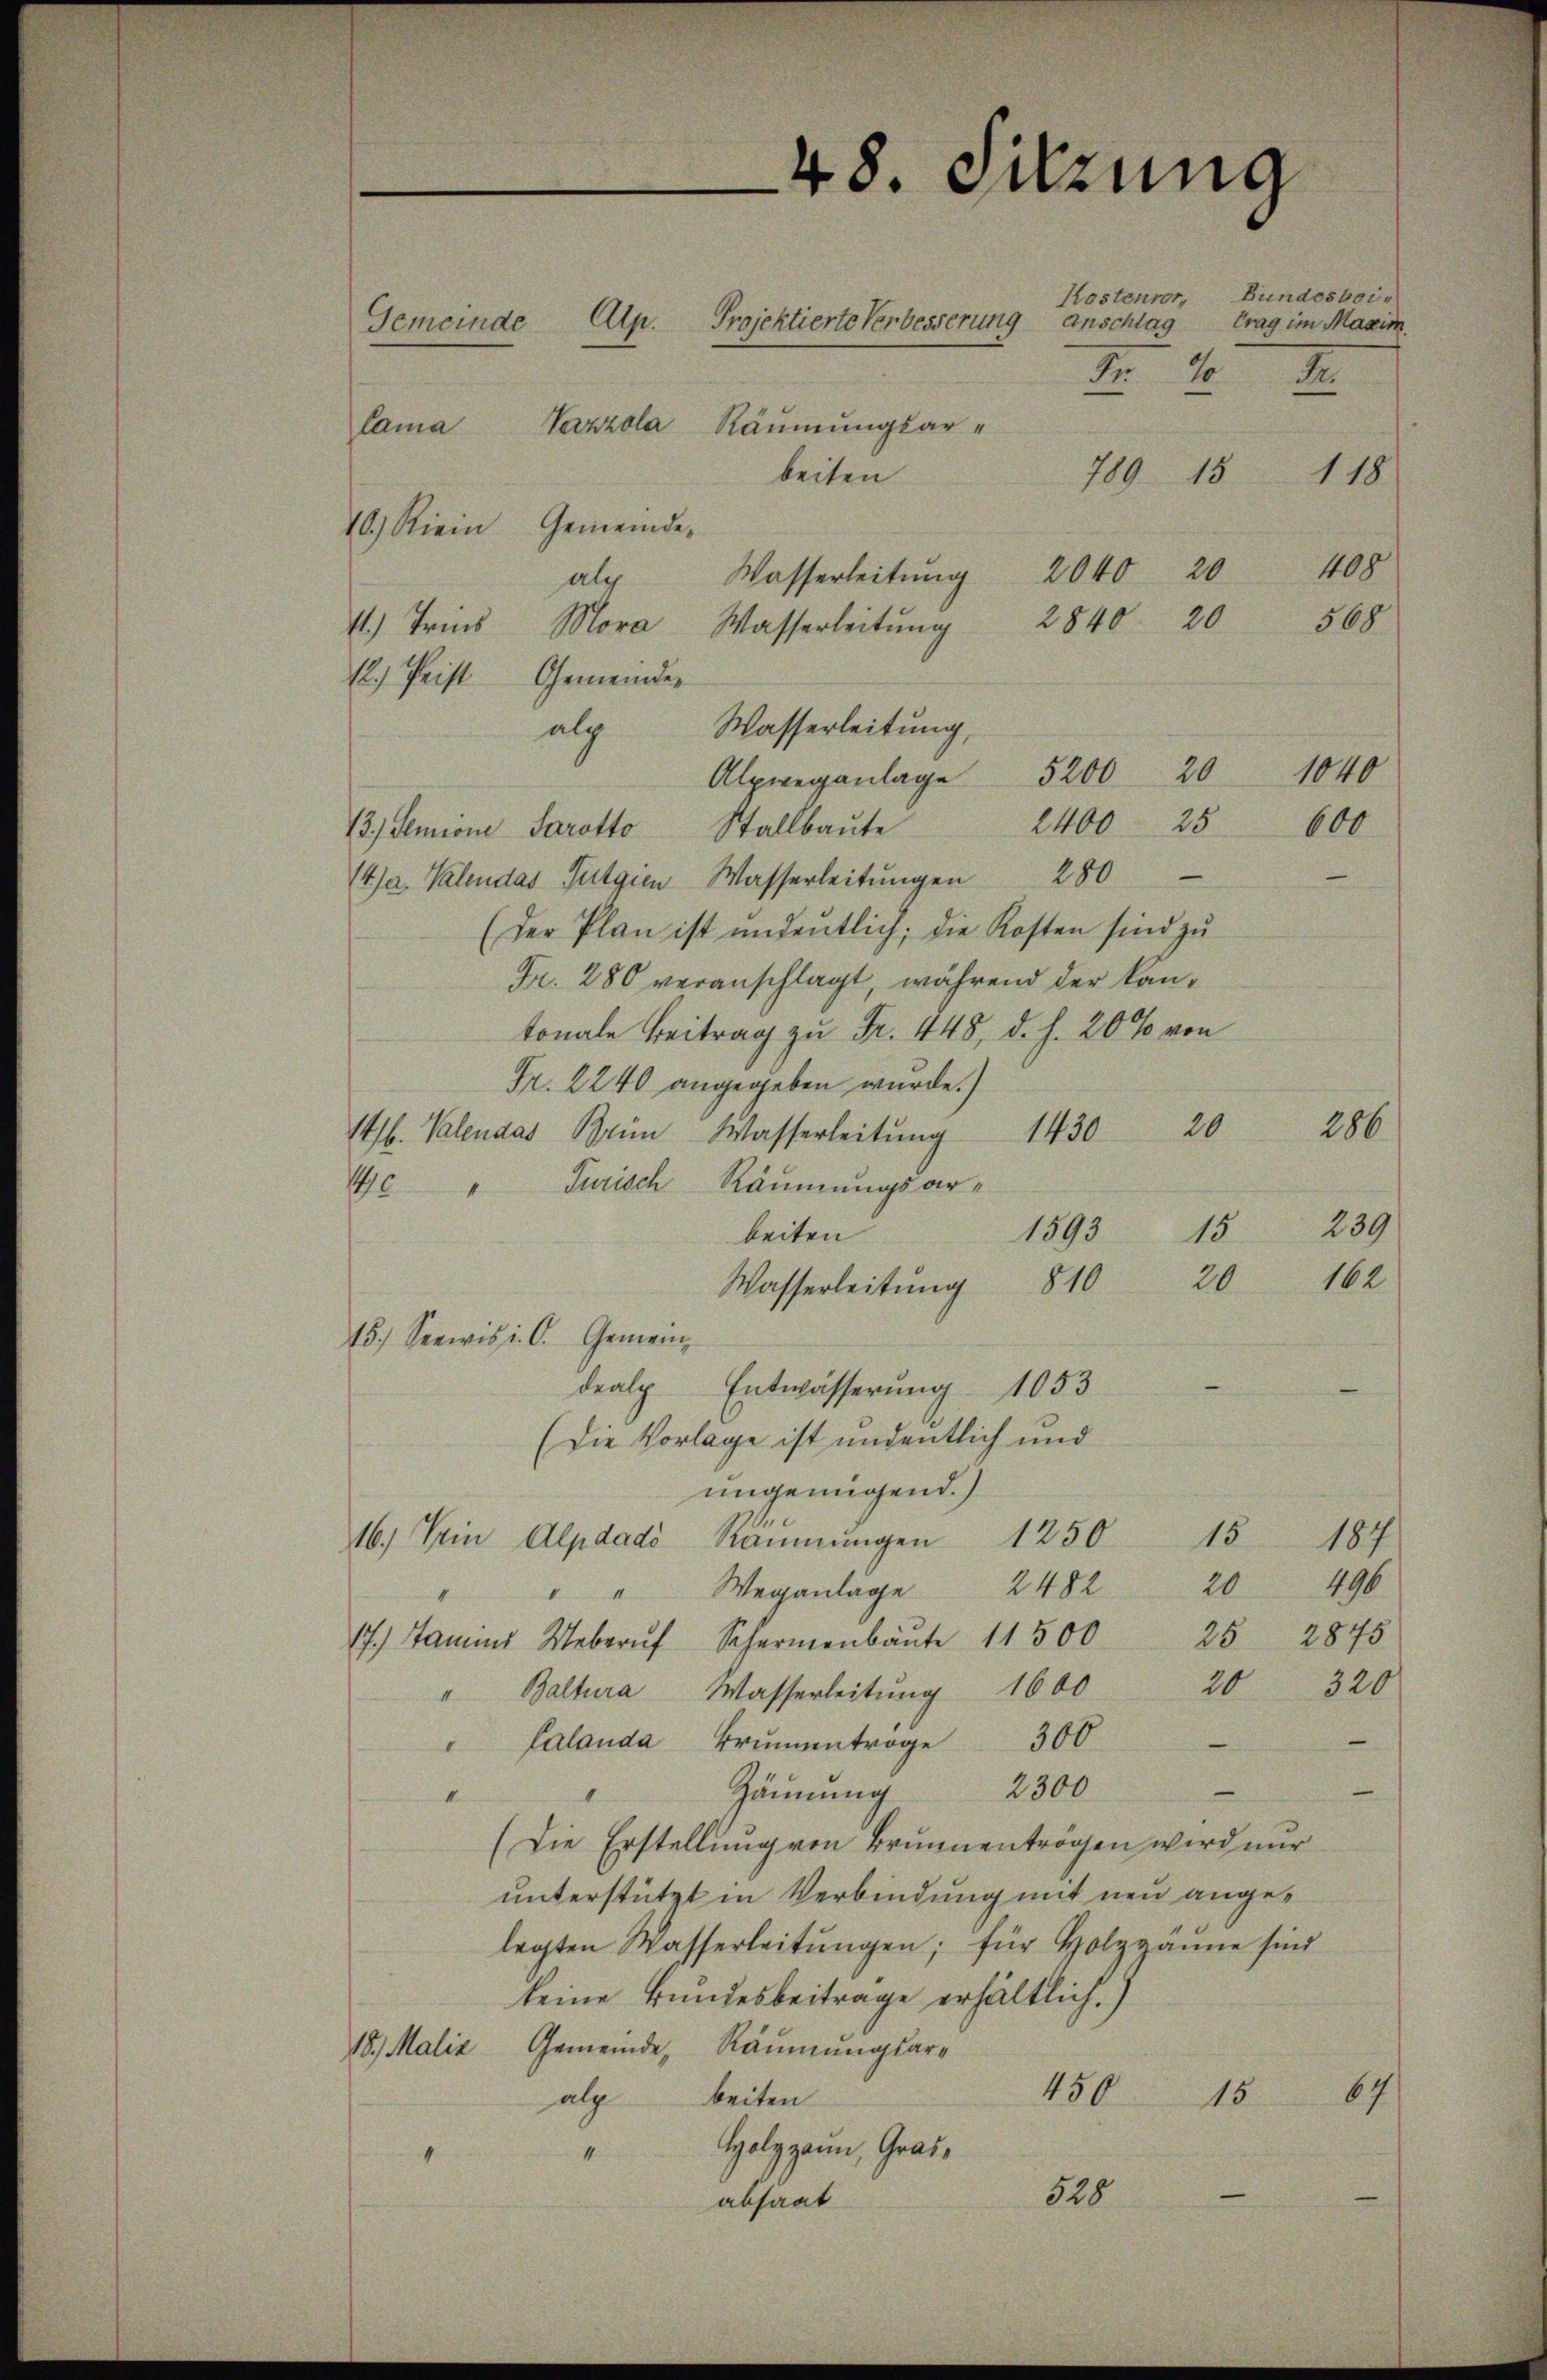
48. Sitzung
Bundesbois
Kostenvor,
Alp. Projektierte Verbesserung Anschlag
trag im Maxim
Gemeinde
2
F
2
Vezzola Räumungsarlama
789. 15
118
beiten
10.) Kein Gemeinde-

408
2040 20
Wasserleitung
alc
20
2840
568
4.) Tries Mora, Wasserleitung
12.) Prist Gemeinde
25
1400
13.) Demione Sarotto Stallbaute
4)a Valendas Gutgien Wasserleitŭngen 280
(der Plan ist undeutlich; die Kosten sind zu
Fr. 280 veranschlagt, während der kantonale Beitrag zu Fr. 448, d. h. 20% von
Fr. 2240 angegeben wurde.
1l. Valendas Brin Wasserleitŭng 1430 20
40 " Jurisch Räumungsar¬
1893
beiten
Wasserleitŭng 810
15.) Seewis i. O. Gemeindealp Entwässerung 1053
(Die Vorlage ist undentlich und
ungenügend.)
16.) Ein Alpdadó Räŭmŭngen 1250 15 184
1196
20
2482
Weganlage
nbemerkten |
2875
25
17.) Jamins Weber Schermenbaŭte 11500
20  320
Baltura, Wasserleitung 1600
1
—
" Calanda Brŭnentrage 300
.
2300
—
u
Zäunung
I
(Die Erstellung von Brunnentrögen wird nur
unterstützt in Verbindung mit neu angelegten Wasserleitŭngen; für Holzganne sind
keine Bundesbeitrage erhältlich.)
Gemeinde Räumungsar¬
18. Malia
64
450 15
alg beiten
Holzzann, Gras¬
1
4
528
absaat

alp Wasserleitung,

Alpweganlage 5200 20

1040

600

286
239
15
162
20